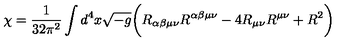
\chi = \frac { 1 } { 3 2 \pi ^ { 2 } } \int d ^ { 4 } x \sqrt { - g } \biggl ( R _ { \alpha \beta \mu \nu } R ^ { \alpha \beta \mu \nu } - 4 R _ { \mu \nu } R ^ { \mu \nu } + R ^ { 2 } \biggr )